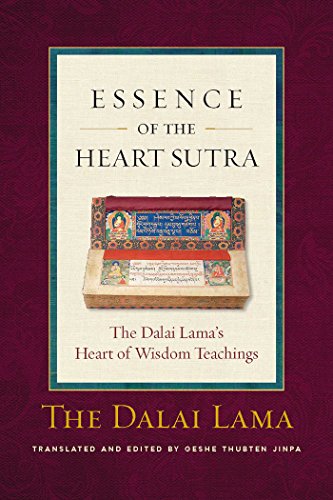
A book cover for The Essence of the Heart Sutra: The Dalai Lama's Heart of Wisdom Teachings; The Dalai Lama; Religion & Spirituality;